system: You are a helpful assistant.
user:
Analyze the provided spectrum to determine if it is a **White Dwarf (WD)**.

A White Dwarf spectrum is defined by its **extreme purity** (due to gravitational settling) and/or **extreme pressure broadening** (due to high surface gravity). You must check for one of the following mutually exclusive signatures:

- **Key Visual Indicators (Check for ONE of these types):**

    - **1. DA-Type Signature (Most Common):**
        - **(Primary Feature):** Extreme pressure broadening (Stark broadening) of the **Hydrogen (H) Balmer lines**.
        - **(Key Lines):** $H\beta$ (approx. $4861$ Å) and $H\gamma$ (approx. $4340$ Å). $H\alpha$ (approx. $6563$ Å) will also be present if the wavelength range covers it.
        - **(Line Profile):** This is the **defining feature**. The lines are **NOT** sharp. They appear as massive, **extremely broad and deep "troughs" or "dips"** in the spectrum, often hundreds of Ångströms wide. The continuum will appear to "scoop" down at these wavelengths.
        - **(Distinction):** Normal A-type or B-type stars have *narrow* and *sharp* Hydrogen lines. A DA White Dwarf's lines are unmistakably "smeared" or "blurry" from pressure.

    - **2. DB-Type Signature:**
        - **(Primary Feature):** Broad absorption lines from **Neutral Helium (He I)**. The spectrum must lack any visible Hydrogen lines.
        - **(Key Lines):** Look for broad absorption near $4471$ Å, $4921$ Å, and $5876$ Å.
        - **(Line Profile):** These lines are also significantly pressure-broadened, appearing much wider than they would in a normal B-type main-sequence star.

    - **3. DC-Type Signature:**
        - **(Primary Feature):** A **featureless continuous spectrum**.
        - **(Line Profile):** The spectrum is a smooth curve with **no significant absorption or emission lines**.
        - **(Key Confirmation):** The continuum is almost always **blue or white**, indicating a hot object. This signature implies the atmosphere is so pure (or so cool) that no spectral lines are visible in the optical range. Its WD identity is confirmed by its extremely low intrinsic brightness (high absolute magnitude).

    - **4. DZ-Type Signature (Metal-Polluted):**
        - **(Primary Feature):** **Isolated, narrow metal absorption lines** on an otherwise featureless (DC-like) continuum.
        - **(Key Lines):** The **Calcium (Ca II) H & K doublet** (approx. **$3934$ Å** and **$3968$ Å**) is the most common and defining feature.
        - **(Line Profile):** These lines are "out of place." They are *not* part of a "forest" of thousands of lines. This signature is evidence of recent *accretion* (pollution) from rocky debris.
        - **(Distinction):** Normal G/K/M stars have a *dense forest* of thousands of metal lines. A DZ has a *clean* continuum with *only a few* strong metal lines.

    - **5. DQ-Type Signature (Carbon-Polluted):**
        - **(Primary Feature):** Absorption bands from **Carbon (C₂ "Swan Bands" or atomic C I)**.
        - **(Key Lines - C₂):** Look for bandheads with a "saw-tooth" shape near $5635$ Å, **$5165$ Å** (strongest), and $4737$ Å.
        - **(Key Confirmation):** The underlying **continuum must be blue or white** (hot).
        - **(Distinction):** This is the critical difference from a **Carbon Star**, which has the *exact same* C₂ bands but on an extremely **red, cool** continuum.

- **(Overall Spectrum):**
    - The continuum (overall shape) is typically **blue-sloping** (brighter in the blue than the red), as most white dwarfs are very hot.
    - The spectrum will look "pure" or "simple," dominated by only *one* of the five signatures listed above.

Think first, call **spectral_visualization_tool** if needed to examine features in detail, then provide your final answer. Your response must adhere to the following strict rules:
1.  **Overall Structure:** Your response must follow the format `<think>...</think> <tool_call>...</tool_call> (if a tool is used) <answer>...</answer>`.
2.  **Tool Usage Constraint:** You may only make **one** tool call per turn.
3.  **Final Answer Format:** In the `<answer>` tag, your conclusion must be inside a `\boxed{}` command (e.g., `\boxed{YES}` or `\boxed{NO}`), followed by your justification.

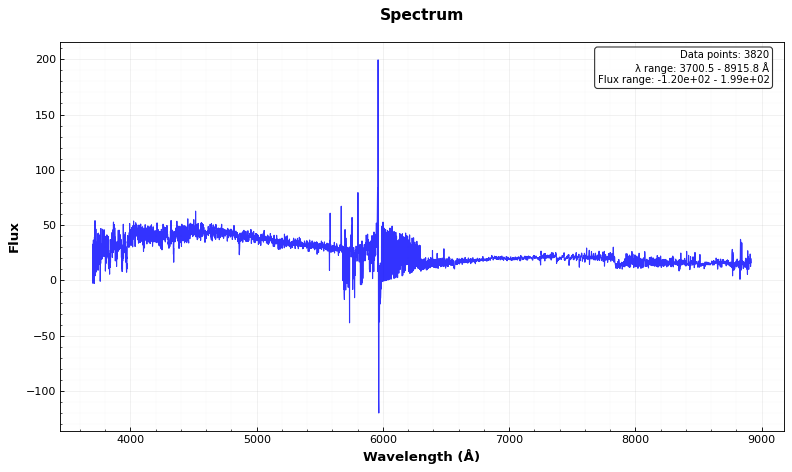
Answer: NO